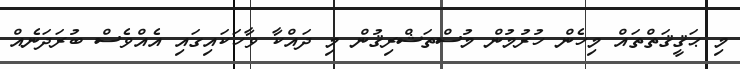
މި ޙަޤީޤަތްތައް މިހެން ހުރުމުން މުސްތަޝްރިޤުން މި ދައްކާ ވާހަކައިގައި އެއްވެސް ބުރަދަނެއް